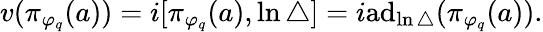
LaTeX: v(\pi_{\varphi_{q}}(a))=i[\pi_{\varphi_{q}}(a),\ln\bigtriangleup]=i\mathrm{a}\mathrm{d}_{\ln\bigtriangleup}(\pi_{\varphi_{q}}(a)).